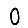
Digit: 0